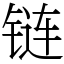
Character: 链